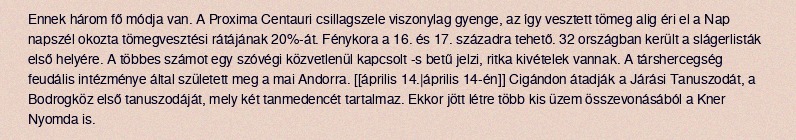
Ennek három fő módja van. A Proxima Centauri csillagszele viszonylag gyenge, az így vesztett tömeg alig éri el a Nap napszél okozta tömegvesztési rátájának 20%-át. Fénykora a 16. és 17. századra tehető. 32 országban került a slágerlisták első helyére. A többes számot egy szóvégi közvetlenül kapcsolt -s betű jelzi, ritka kivételek vannak. A társhercegség feudális intézménye által született meg a mai Andorra. [[április 14.|április 14-én]] Cigándon átadják a Járási Tanuszodát, a Bodrogköz első tanuszodáját, mely két tanmedencét tartalmaz. Ekkor jött létre több kis üzem összevonásából a Kner Nyomda is.